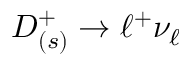
D _ { ( s ) } ^ { + } \to \ell ^ { + } \nu _ { \ell }